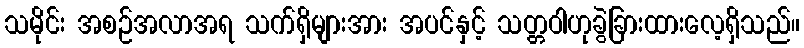
သမိုင်း အစဉ်အလာအရ သက်ရှိများအား အပင်နှင့် သတ္တဝါဟုခွဲခြားထားလေ့ရှိသည်။